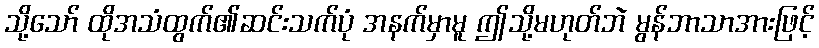
သို့သော် ထိုအသံထွက်၏ဆင်းသက်ပုံ အနက်မှာမူ ဤသို့မဟုတ်ဘဲ မွန်ဘာသာအားဖြင့်